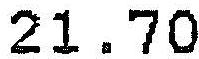
21.70